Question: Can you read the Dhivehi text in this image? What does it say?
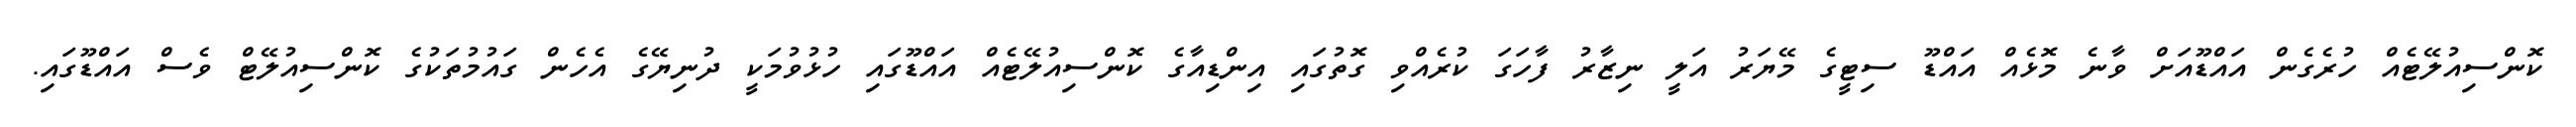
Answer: ކޮންސިއުލޭޓެއް ހުރެގެން އައްޑޫއަށް ވާނެ މޮޅެއް އައްޑޫ ސިޓީގެ މޭޔަރު އަލީ ނިޒާރު ފާހަގަ ކުރެއްވި ގޮތުގައި އިންޑިއާގެ ކޮންސިއުލޭޓެއް އައްޑޫގައި ހުޅުވުމަކީ ދުނިޔޭގެ އެހެން ގައުމުތަކުގެ ކޮންސިއުލޭޓް ވެސް އައްޑޫގައި.